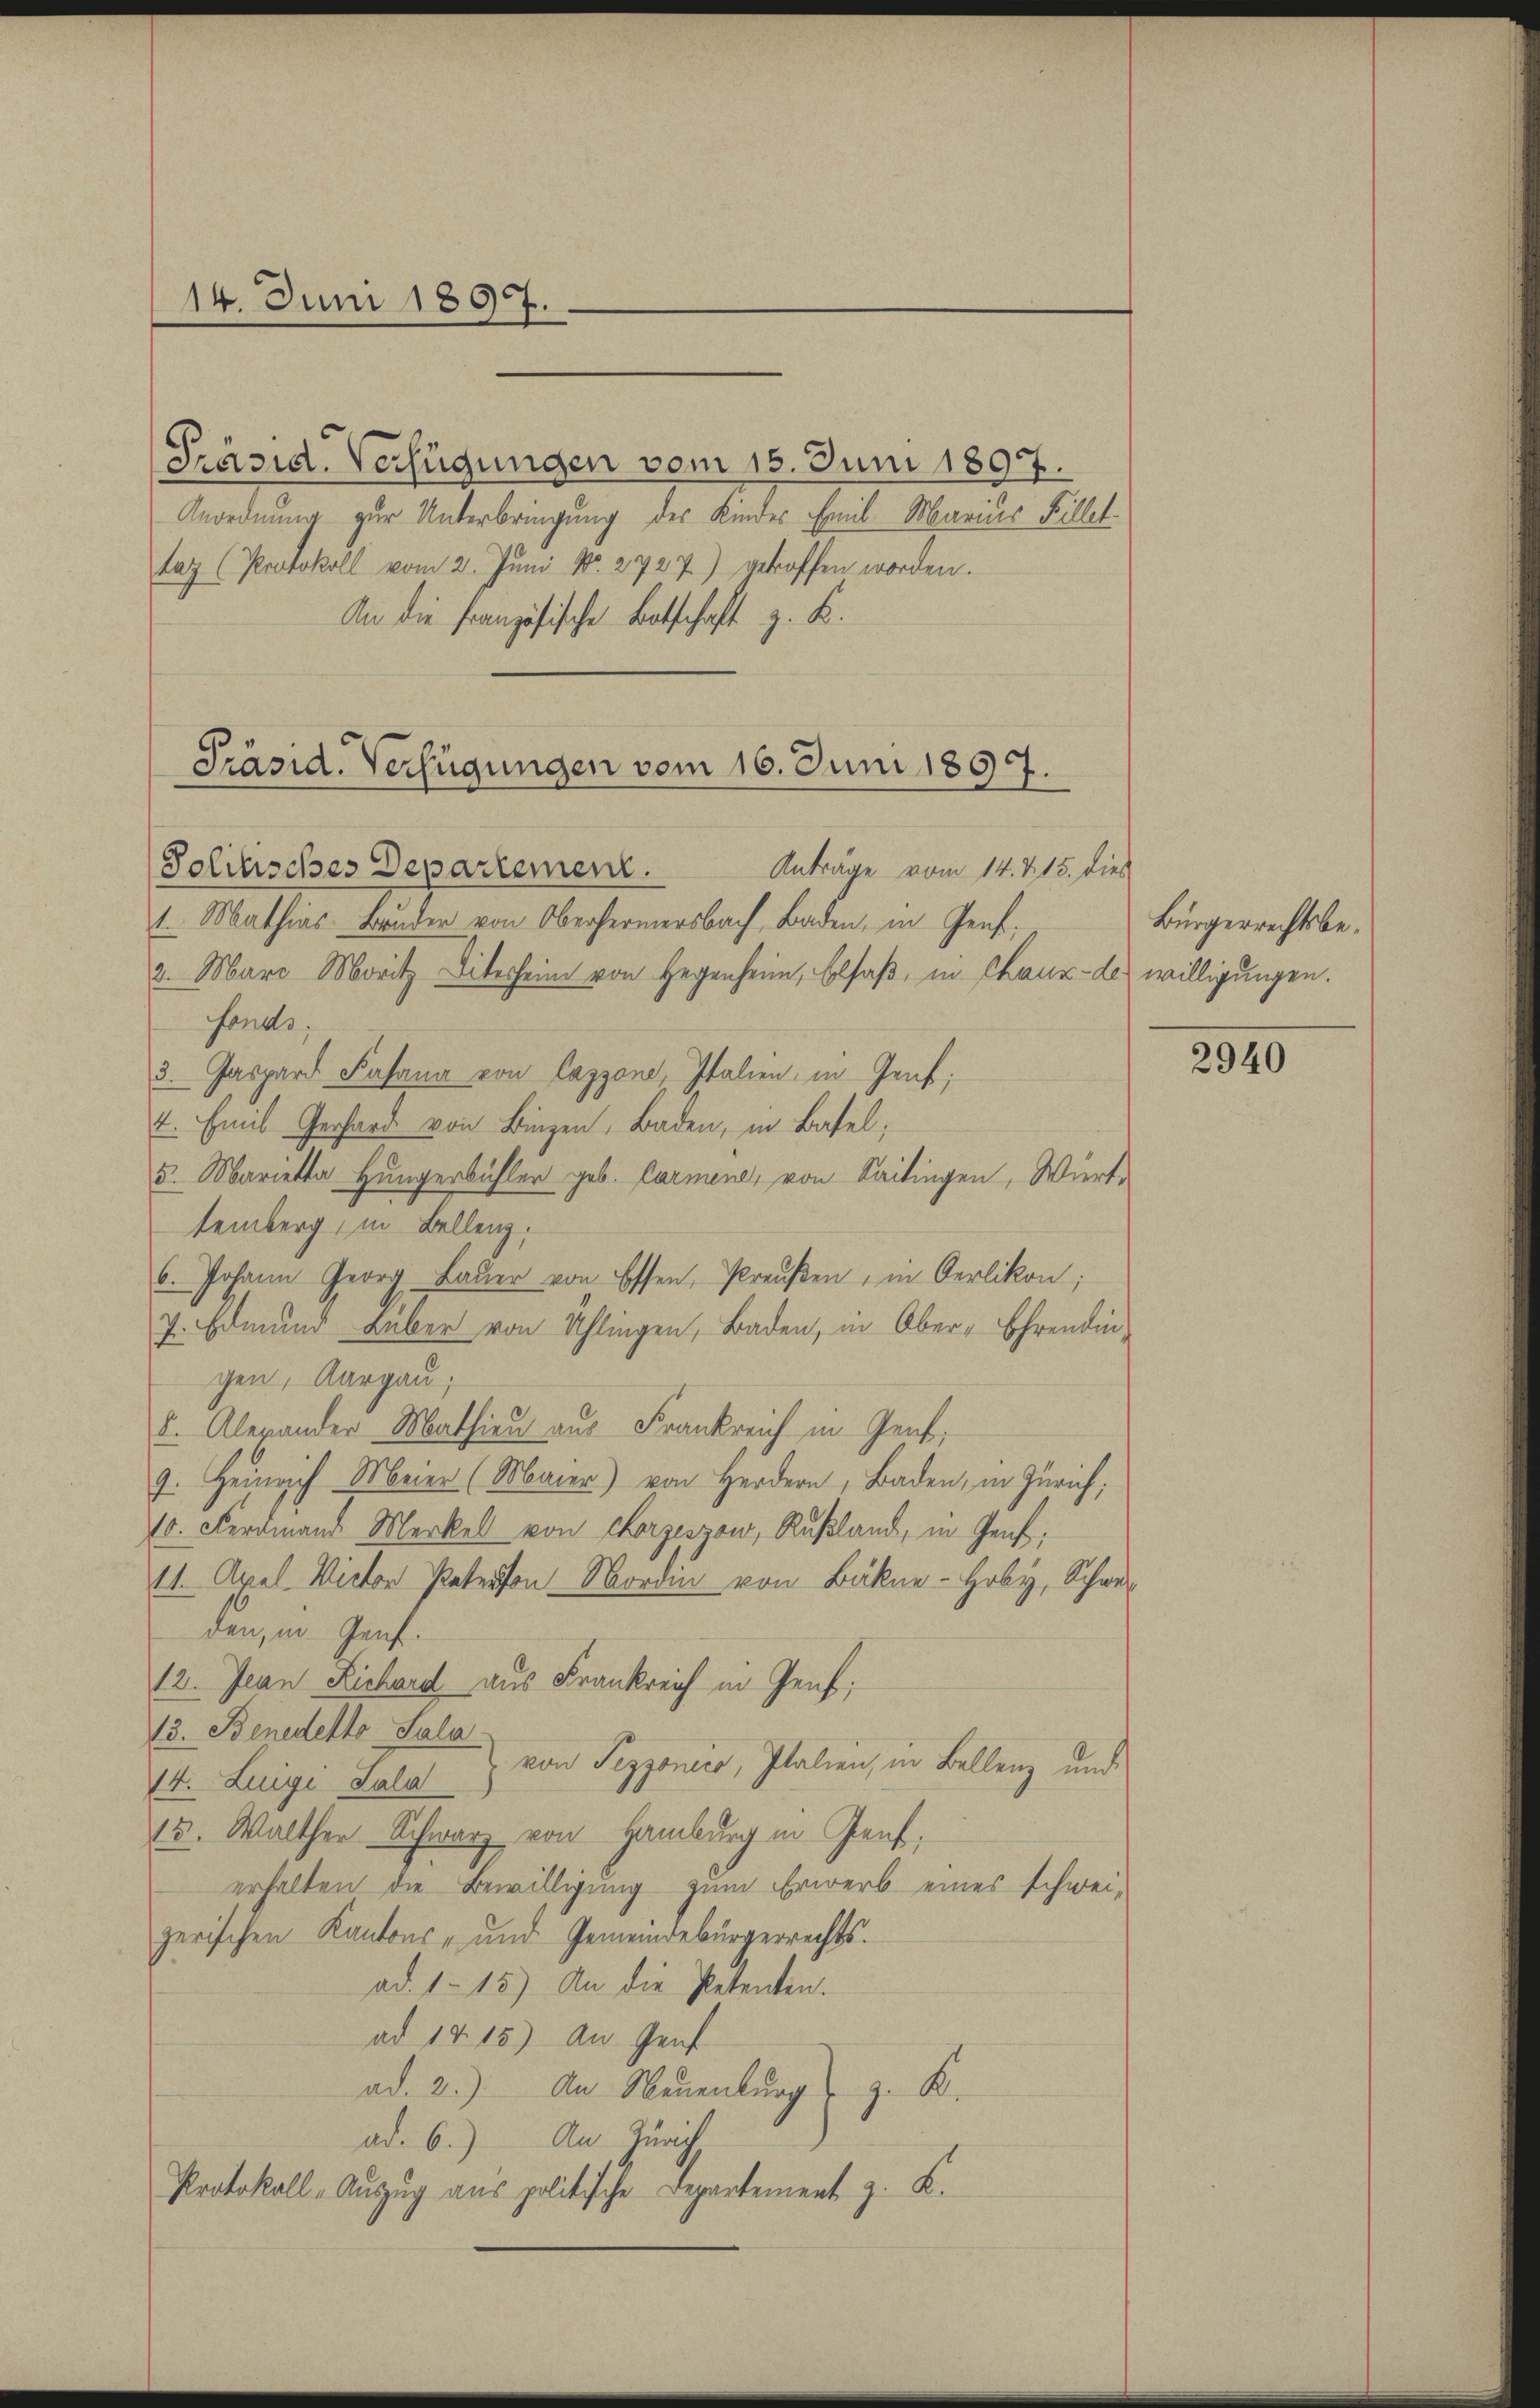
14. Juni 1897.

Präsid. Verfügungen vom 15. Juni 1897.
Anordnung zur Unterbringung des Kinder Emil Marius Fillet
taz (Protokoll vom 2. Juni Nr. 2727) getroffen worden.
An die Französische Botschaft z. K.

Präsid. Verfügungen vom 16. Juni 1897.

Anträge vom 14. 215. dies
Solitisches Departement.
1. Mathias Bruder von Oberfermersbach, Baden, in Genf,
2. März Moritz diterheim von Gegenheim, Elsaß, in Chaux-de willigungen.
fonds.
3. Gaspard Kasana von Cazzono, Italien, in Genf;
4. Emil Gerhard von Binzen, Baden, in Basel;
5. Marietta Hungerbühler geb. Carmene, von Saitingen, Wiert,
temberg in Bellenz,
6. Johann Georg Baŭer von Essen, Preŭβen, in Oerlikon;
7. Edmund über von Schlingen, Baden, in Ober-Ehrendin-
gen, Aargau;
8. Alerander Mathien aus Frankreich in Genf,
9. Heinrich Meier (Maier) von Herdern, Baden, in Zürich;
10. Ferdinand Merkell von Chorzeszow, Rußland, in Genf,
11. April Victor Patron Nordin von Bäkne-Hoby, Schweiden, in Genf
12. Jean Richard aus Frankreich in Genf;
13. Benedetto Sala
von Sezzonero, Italien, in Ballenz und
14. Luigi Lala
15. Walther Schwarz von Hamburg in Genf,
erhalten die Bewilligung zum Erwerb eines schweizerischen Kantons- und Gemeindebürgerrechts.
ad. 115) An die Petenten.
ad 14 15) An Genf
ad. 2.) An Neuenburg z. K.
ad. 6.) An Zürich
Protokoll-Auszug aus politische Departement z. B.

Bürgerrechtsbe¬

2940